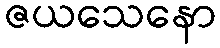
ဇယသေနော